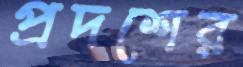
প্রদশের